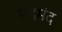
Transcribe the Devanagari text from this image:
मंदमंद